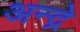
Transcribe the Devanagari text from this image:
अन्द्रे